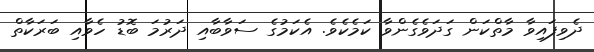
ދެވިފައިވާ މާތްކަން ގަދަވެގެންވާ ކަމެކެވެ. އެކަމުގެ ސަވާބާއި ދަރުމަ ބޮޑު ހެވާއި ބަރަކާތް